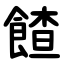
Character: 餷